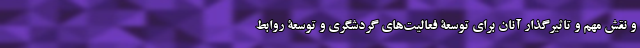
و نقش مهم و تاثیرگذار آنان برای توسعۀ فعالیت‌های گردشگری و توسعۀ روابط